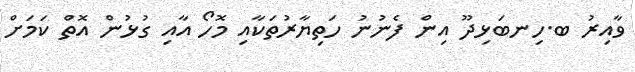
ވާއިރު ބ.ހިނބަޅިދޫ އިން ފެނުނު ހަތިޔާރުތަކާއި މޮހޯ އާއި ގުޅުން އޮތް ކަމަށް